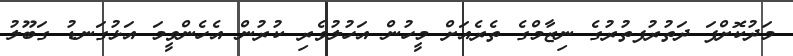
މަދުކޮށްފަ ދަތުރުފތުރުގެ ނިޒާމްގެ ތެރެއަށް މީހުން އަހުލުވެރި ކުރުން އެހެންވީމަ އަޅުގަނޑު ގަބޫލު